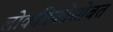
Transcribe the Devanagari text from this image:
लोकप्रियतेसोबत